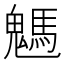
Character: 𩥢